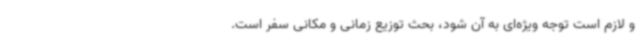
و لازم است توجه ویژه‌ای به آن شود، بحث توزیع زمانی و مکانی سفر است.